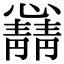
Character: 𫻛